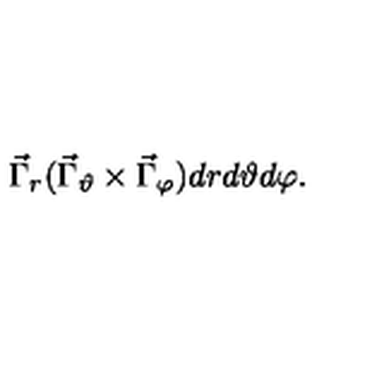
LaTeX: \vec { \Gamma } _ { r } ( \vec { \Gamma } _ { \vartheta } \times \vec { \Gamma } _ { \varphi } ) d r d \vartheta d \varphi .